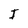
Character: I